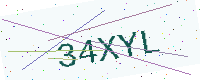
Text: 34XYL